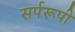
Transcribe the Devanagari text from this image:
सर्परूपी